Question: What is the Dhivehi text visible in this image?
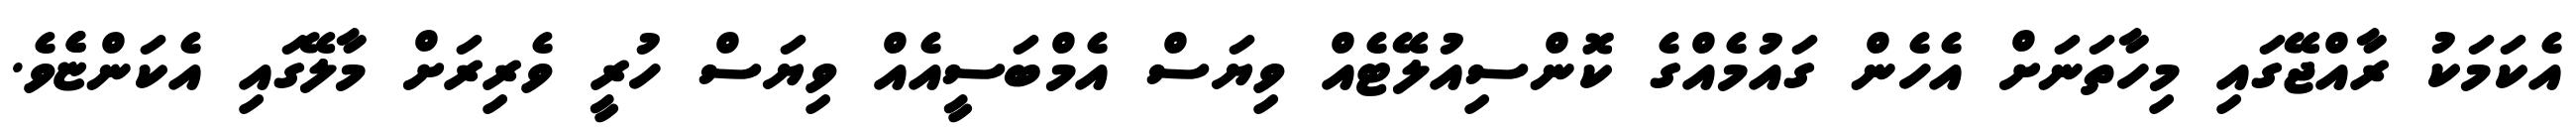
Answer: އެކަމަކު ރާއްޖޭގައި މިހާތަނަށް އެހެން ގައުމެއްގެ ކޮންސިއުލޭޓެއް ވިޔަސް އެމްބަސީއެއް ވިޔަސް ހުރީ ވެރިރަށް މާލޭގައި އެކަންޏެެވެ.